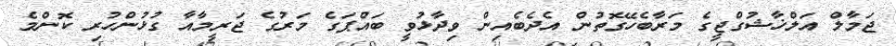
ޖަމާލް އަލްޚާޝުގްޖީގެ މަރާބެހޭގޮތުން އެދެބެއިން ވިދާޅުވީ ބައްޕަގެ މަރުގެ ޖަރީމާއާ ގުޅުންހުރި ކޮންމެ